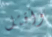
وأقتل